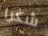
شكرا